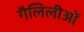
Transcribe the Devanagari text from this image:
गैलिलीओं